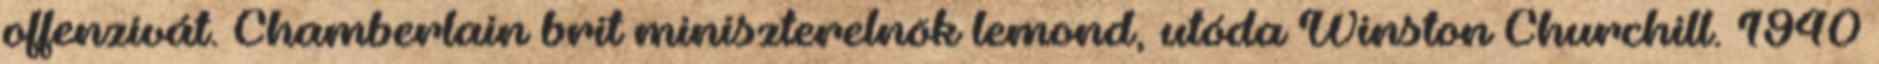
offenzívát. Chamberlain brit miniszterelnök lemond, utóda Winston Churchill. 1940